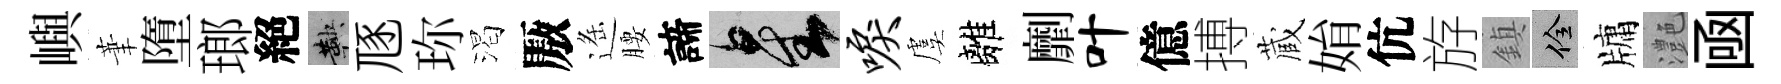
嶼茟墮瑯絕鞅豗珎渴厫遥腰諦星唳虞離劘叶億搏蔵姢伉斿鎮佺牗灔凾